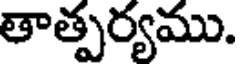
తాత్పర్యము.